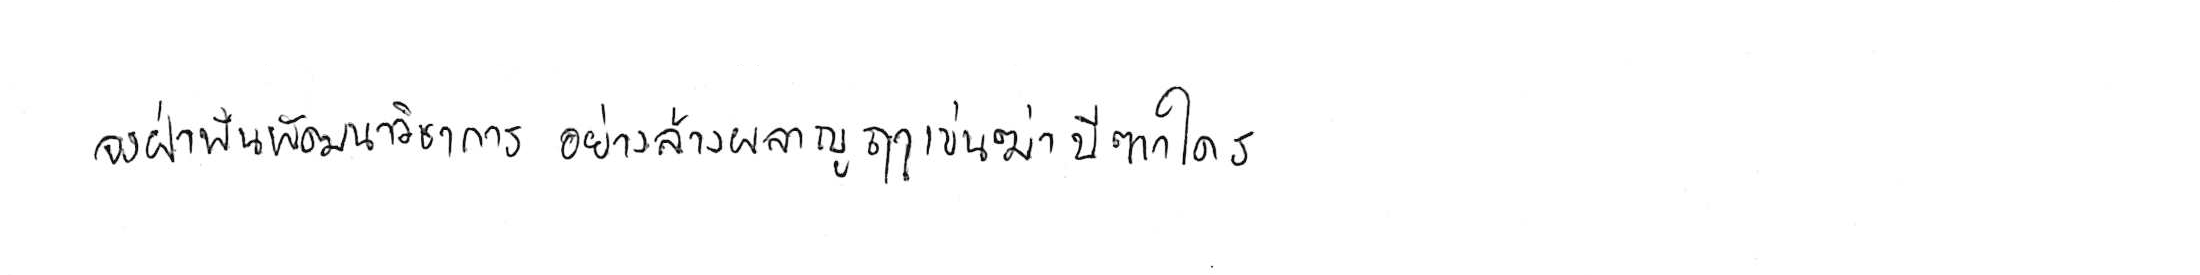
จงฝ่าฟันพัฒนาวิชาการ อย่าล้างผลาญฤๅเข่นฆ่าบีฑาใคร